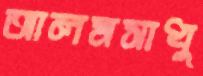
আলমসাধু